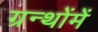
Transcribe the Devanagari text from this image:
ग्रन्थोंमें